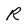
Character: R